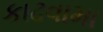
કાઢવામા